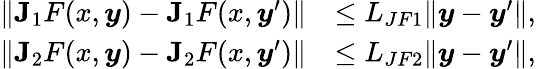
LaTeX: \begin{array}{rl}{\lVert\boldsymbol{\mathrm{J}}_{1}F(x,\boldsymbol{y})-\boldsymbol{\mathrm{J}}_{1}F(x,\boldsymbol{y}^{\prime})\rVert}&{\leq L_{JF1}\lVert\boldsymbol{y}-\boldsymbol{y}^{\prime}\rVert,}\\ {\lVert\boldsymbol{\mathrm{J}}_{2}F(x,\boldsymbol{y})-\boldsymbol{\mathrm{J}}_{2}F(x,\boldsymbol{y}^{\prime})\rVert}&{\leq L_{JF2}\lVert\boldsymbol{y}-\boldsymbol{y}^{\prime}\rVert,}\end{array}